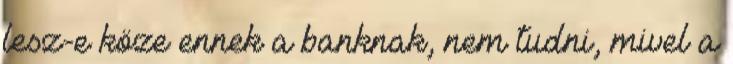
lesz-e köze ennek a banknak, nem tudni, mivel a